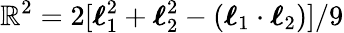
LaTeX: \mathbb{R}^{2}=2[\boldsymbol{\ell}_{1}^{2}+\boldsymbol{\ell}_{2}^{2}-(\boldsymbol{\ell}_{1}\cdot\boldsymbol{\ell}_{2})]/9